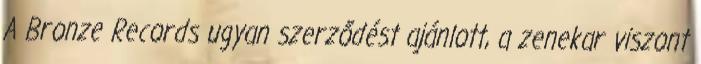
A Bronze Records ugyan szerződést ajánlott, a zenekar viszont